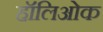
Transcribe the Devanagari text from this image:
हॉलिओक